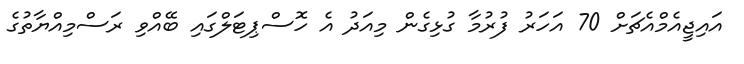
އައިޖީއެމްއެޗަށް 70 އަހަރު ފުރުމާ ގުޅިގެން މިއަދު އެ ހޮސްޕިޓަލްގައި ބޭއްވި ރަސްމިއްޔާތުގެ